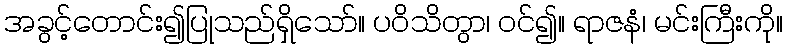
အခွင့်တောင်း၍ပြုသည်ရှိသော်။ ပဝိသိတွာ၊ ဝင်၍။ ရာဇနံ၊ မင်းကြီးကို။